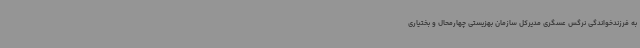
به فرزندخواندگی نرگس عسگری مدیرکل سازمان بهزیستی چهارمحال و بختیاری